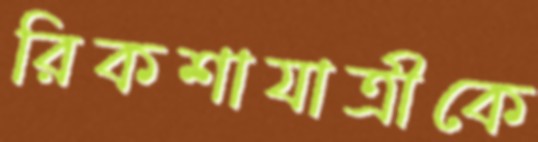
রিকশাযাত্রীকে